Code of medical and sanitary regulations for the guidance of medical officers serving in the Madras Presidency - Volume II
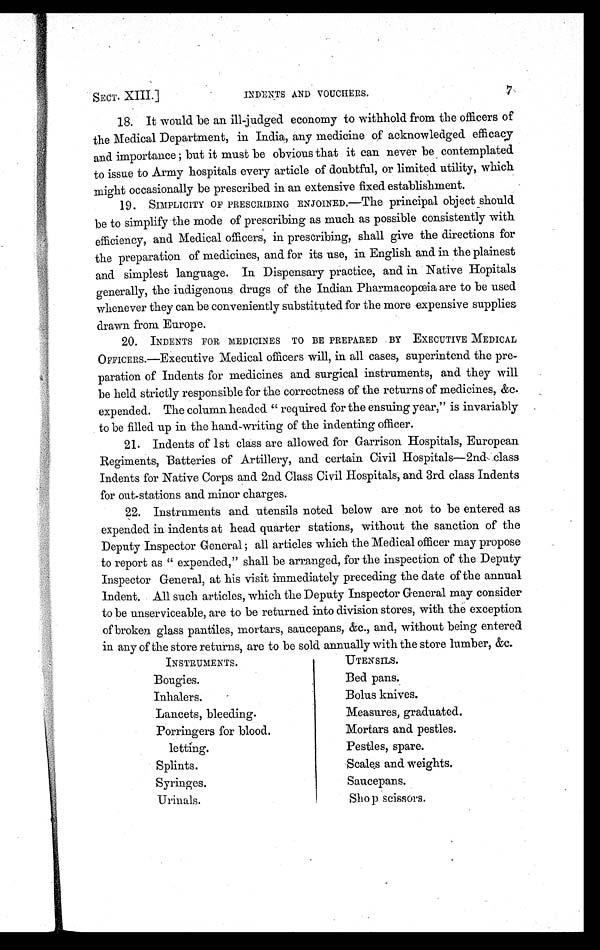
SECT. XIII.]
INDENTS AND VOUCHERS.
7
18. It would be an ill-judged economy to withhold from the officers of
the Medical Department, in India, any medicine of acknowledged efficacy
and importance ; but it must be obvious that it can never be contemplated
to issue to Army hospitals every article of doubtful, or limited utility, which
might occasionally be prescribed in an extensive fixed establishment.
19. SIMPLICITY OF PRESCRIBING ENJOINED.—The principal object should.
be to simplify the mode of prescribing as much as possible consistently with
efficiency, and Medical officers, in prescribing, shall give the directions for
the preparation of medicines, and for its use, in English and in the plainest
and simplest language. In Dispensary practice, and in Native Hopitals
generally, the indigenous drugs of the Indian Pharmacopoeia are to be used
whenever they can be conveniently substituted for the more expensive supplies
drawn from Europe.
20. INDENTS FOR MEDICINES TO BE PREPARED BY EXECUTIVE MEDICAL
OFFICERS.—Executive Medical officers will, in all cases, superintend the pre-
paration of Indents for medicines and. surgical instruments, and they will
be held strictly responsible for the correctness of the returns of medicines, &c.
expended. The column headed " required for the ensuing year," is invariably
to be filled up in the hand-writing of the indenting officer.
21. Indents of 1st class are allowed for Garrison Hospitals, European
Regiments, Batteries of Artillery, and certain Civil Hospitals—2nd, class
Indents for Native Corps and 2nd Class Civil Hospitals, and 3rd class Indents
for out-stations and minor charges.
22. Instruments and utensils noted below are not to be entered as
expended in indents at head quarter stations, without the sanction of the
Deputy Inspector General ; all articles which the Medical officer may propose
to report as " expended," shall be arranged, for the inspection of the Deputy
Inspector General, at his visit immediately preceding the date of the annual
Indent. All such articles, which the Deputy Inspector General may consider
to be unserviceable, are to be returned. into division stores, with the exception
of broken glass pantiles, mortars, saucepans, &c., and, without being entered
in any of the store returns, are to be sold annually with the store lumber, &c.
INSTRUMENTS.
Bougies.
Inhalers.
Lancets, bleeding.
Porringers for blood.
letting.
Splints.
Syringes.
Urinals.
UTENSILS.
Bed pans.
Bolus knives.
Measures, graduated.
Mortars and pestles.
Pestles, spare.
Scales and weights.
Saucepans.
Shop scissors.